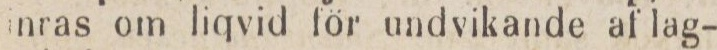
nras om liqvid för undvikande af lag-